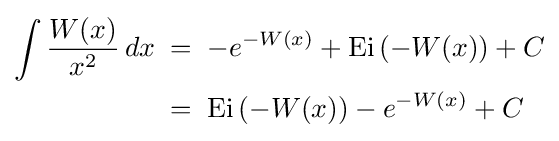
{\begin{aligned}\int {\frac {W(x)}{x^{2}}}\,dx\;&=\;-e^{-W(x)}+\operatorname {Ei} \left(-W(x)\right)+C\\&=\;\operatorname {Ei} \left(-W(x)\right)-e^{-W(x)}+C\end{aligned}}